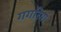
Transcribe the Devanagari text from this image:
गगरियां